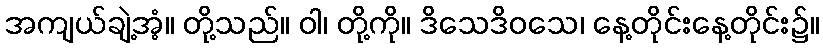
အကျယ်ချဲ့အံ့။ တို့သည်။ ဝါ၊ တို့ကို။ ဒိသေဒိဝသေ၊ နေ့တိုင်းနေ့တိုင်း၌။